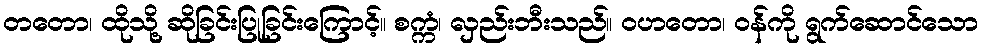
တတော၊ ထိုသို့ ဆိုခြင်းပြုခြင်းကြောင့်။ စက္ကံ၊ လှည်းဘီးသည်။ ဝဟတော၊ ဝန်ကို ရွက်ဆောင်သော